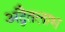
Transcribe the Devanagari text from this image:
अद्वैतलाभ